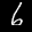
Label: 6